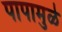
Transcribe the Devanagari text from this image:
पापामुळे